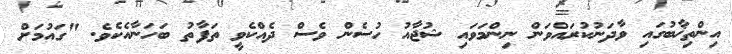
އިންތިޚާބުގައި ވާދަނުކުރައްވަން ނިންމަވައި ޝުޖާއު ހުސެން ވެސް ދެއްކެވީ ތަފާތު ބަހަނާއެކެވެ. "ގައުމަށް